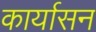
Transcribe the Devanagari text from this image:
कार्यासन